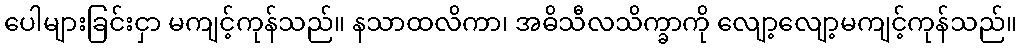
ပေါများခြင်းငှာ မကျင့်ကုန်သည်။ နသာထလိကာ၊ အဓိသီလသိက္ခာကို လျော့လျော့မကျင့်ကုန်သည်။